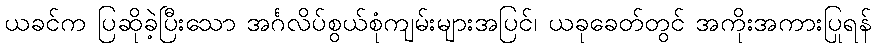
ယခင်က ပြဆိုခဲ့ပြီးသော အင်္ဂလိပ်စွယ်စုံကျမ်းများအပြင်၊ ယခုခေတ်တွင် အကိုးအကားပြုရန်